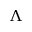
\Lambda